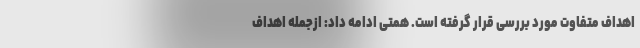
اهداف متفاوت مورد بررسی قرار گرفته است. همتی ادامه داد: ازجمله اهداف